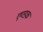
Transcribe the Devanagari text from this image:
एण्डक